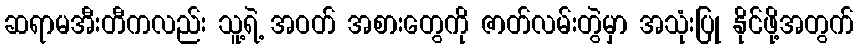
ဆရာမအီးတီကလည်း သူ့ရဲ့ အဝတ် အစားတွေကို ဇာတ်လမ်းတွဲမှာ အသုံးပြု နိုင်ဖို့အတွက်